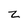
Character: z